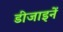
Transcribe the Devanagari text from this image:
डीजाइनें